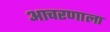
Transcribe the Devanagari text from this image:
आचरणाला